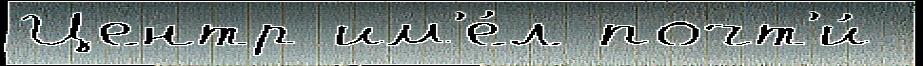
Центр им'е́л почт'и́